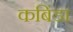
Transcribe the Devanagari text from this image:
कबिंडा